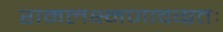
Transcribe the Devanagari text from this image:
रामलक्ष्मणावग्रतः